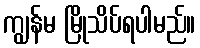
ကျွန်မ မြိုသိပ်ရပါမည်။